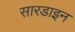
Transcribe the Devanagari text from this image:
सारडाइन